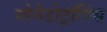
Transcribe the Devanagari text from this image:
गोनैडोट्रॉपिंस